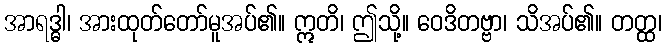
အာရဒ္ဓါ၊ အားထုတ်တော်မူအပ်၏။ ဣတိ၊ ဤသို့။ ဝေဒိတဗ္ဗာ၊ သိအပ်၏။ တတ္ထ၊